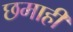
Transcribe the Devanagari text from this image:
छमाहीं